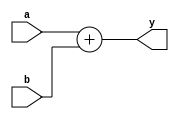
//***********************************************************************
// parts.v
// Authors
// David Harris David_Harris at hmc dot edu 3 November 2005
// Carl Nygaard carlpny at gmail dot com 2007
// Thomas W. Barr tbarr at cs dot hmc dot edu 2007
// Matt Totino mtotino at hmc.edu 2007
// Nathaniel Pinckney npinckney at gmail dot com
// Nate Schlossberg sonofernda at gmail dot com 2007
//
// Pipelined MIPS processor spare parts
//
// 2013-07-04   clk is used instead of ph1 and ph2 (by matutani)
//***********************************************************************
`timescale 1ns/1ps

module adder(input [31:0] a, b,
             output [31:0] y);
assign y = a + b;
endmodule

/* Adder with carry in and out */
module adderc #(parameter WIDTH = 32)
             (input [WIDTH-1:0]  a, b,
	      input              cin,
              output [WIDTH-1:0] y,
              output             cout);
assign {cout, y} = a + b + cin;
endmodule

module eqcmp #(parameter WIDTH = 32)
             (input [WIDTH-1:0] a, b,
              output            eq);
assign eq = (a == b);
endmodule

module eqzerocmp #(parameter WIDTH = 32)
                 (input [WIDTH-1:0]  a,
                  output        eq);
assign eq = (a == 0);
endmodule

module neqzerocmp #(parameter WIDTH = 32)
                 (input [WIDTH-1:0]  a,
                  output        eq);
assign eq = (a != 0);
endmodule

module gtzerocmp #(parameter WIDTH = 32)
                 (input [WIDTH-1:0] a,
                  output       eq);
assign eq = ~a[WIDTH-1] & (a[WIDTH-2:0] != 0);
endmodule

module ltzerocmp #(parameter WIDTH = 32)
                 (input [WIDTH-1:0] a,
                  output       eq);
assign eq = a[WIDTH-1];
endmodule

/* When disabled, signext acts as a zero extender */
module signext #(parameter INPUT = 16, OUTPUT = 32)
               (input  [INPUT-1:0] a,
               input  enable,
               output [OUTPUT-1:0] y);
wire extension;
assign extension = (enable ? a[INPUT-1] : 0);
assign y = {{OUTPUT-INPUT{extension}}, a};
endmodule

module flopenrc #(parameter WIDTH = 32)
                 (input                  clk, reset,
                  input                  en, clear,
                  input      [WIDTH-1:0] d, 
                  output reg [WIDTH-1:0] q);
always @(posedge clk or posedge reset)
	if	(reset)	q <= 0;
	else if (clear)	q <= 0;
	else if (en)	q <= d;
endmodule

module flopenr #(parameter WIDTH = 32)
                (input                  clk, reset,
                 input                  en,
                 input      [WIDTH-1:0] d, 
                 output reg [WIDTH-1:0] q);
always @(posedge clk or posedge reset)
	if	(reset) q <= 0;
	else if (en)	q <= d;
endmodule

module flopen #(parameter WIDTH = 32)
               (input                  clk,
                input                  en,
                input      [WIDTH-1:0] d, 
                output reg [WIDTH-1:0] q);
always @(posedge clk)
	if (en)	q <= d;
endmodule

module flopr #(parameter WIDTH = 32)
              (input                  clk, reset,
               input      [WIDTH-1:0] d, 
               output reg [WIDTH-1:0] q);
always @(posedge clk or posedge reset)
	if (reset)	q <= 0;
	else		q <= d;
endmodule

module mux2 #(parameter WIDTH = 32)
             (input  [WIDTH-1:0] d0, d1, 
              input              s, 
              output [WIDTH-1:0] y);
assign y = s ? d1 : d0; 
endmodule

module mux3 #(parameter WIDTH = 32)
             (input  [WIDTH-1:0] d0, d1, d2,
              input  [1:0]       s, 
              output [WIDTH-1:0] y);
assign y = s[1] ? d2 : (s[0] ? d1 : d0); 
endmodule

module mux4 #(parameter WIDTH = 32)
             (input  [WIDTH-1:0] d0, d1, d2, d3,
              input  [1:0]       s, 
              output [WIDTH-1:0] y);
assign y = s[1] ? (s[0] ? d3 : d2)
		: (s[0] ? d1 : d0); 
endmodule

/* Basic one hot decoders, eg b10 -> b0100 */
module dec2 (input  [1:0] x,
             output [3:0] y);
assign y = (x[0] ? (x[1] ? 4'b1000 : 4'b0010)
			: (x[1] ? 4'b0100 : 4'b0001));
endmodule

module and2 #(parameter WIDTH = 32)
             (input  [WIDTH-1:0] a, b,
              output [WIDTH-1:0] y);
assign y = a & b;
endmodule

module xor2 #(parameter WIDTH = 32)
             (input  [WIDTH-1:0] a, b,
              output [WIDTH-1:0] y);
assign y = a ^ b;
endmodule

module inc #(parameter WIDTH = 32)
            (input  [WIDTH-1:0] a,
             output [WIDTH-1:0] y,
             output             cout);
assign {cout, y} = a + 1'b1;
endmodule

module zerodetect #(parameter WIDTH = 32)
             (input  [WIDTH-1:0] a,
              output             y);
assign y = ~|a;
endmodule

module prienc_8 (input       [7:0]  a,
                  output reg [2:0]  y);
always @ (*)
	casex(a)
		/* Rearrange to set priority */
		8'b1xxxxxxx : y <= 3'b000;
		8'b01xxxxxx : y <= 3'b001;
		8'b001xxxxx : y <= 3'b010;
		8'b0001xxxx : y <= 3'b011;
		8'b00001xxx : y <= 3'b100;
		8'b000001xx : y <= 3'b101;
		8'b0000001x : y <= 3'b110;
		8'b00000001 : y <= 3'b111;
		default    : y <= 3'bxxx;
	endcase
endmodule